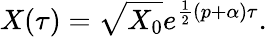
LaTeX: X(\tau)=\sqrt{X_{0}}e^{\frac 12\left(p+\alpha\right)\tau}.